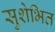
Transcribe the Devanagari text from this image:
सुशेभित